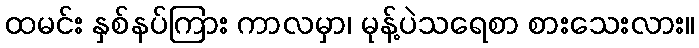
ထမင်း နှစ်နပ်ကြား ကာလမှာ၊ မုန့်ပဲသရေစာ စားသေးလား။